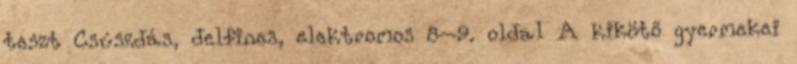
teszt Csúszdás, delfines, elektromos 8–9. oldal A kikötő gyermekei